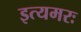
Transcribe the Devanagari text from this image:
इत्यमरः